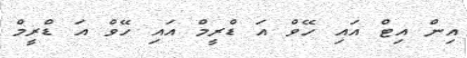
އިން އިޓް އައި ހޭވް އަ ޑްރީމް އައި ހޭވް އަ ޑްރީމް